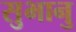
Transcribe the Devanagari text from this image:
सुभानु